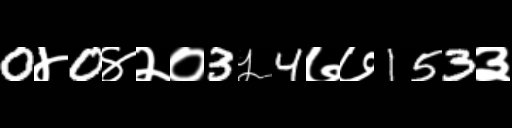
Text: 0४0४२०3५4७७153३